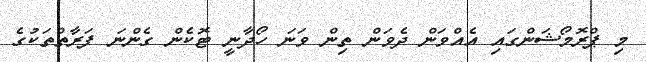
މި ޕްރޮމޯޝަންގައި އެއްވަން ދެވަން ތިން ވަނަ ހޯދާނީ ޓޮކެން ގެންނަ ފަރާތްތަކުގެ